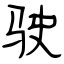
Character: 驶